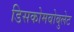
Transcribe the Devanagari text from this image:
डिसकोमबोबुलेट